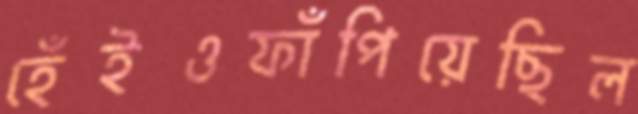
হেঁইওফাঁপিয়েছিল